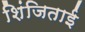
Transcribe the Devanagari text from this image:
शिंजिताई